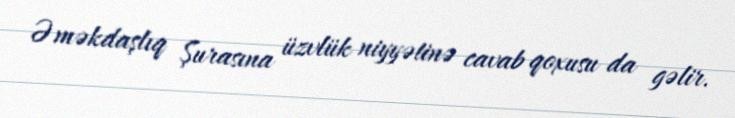
Əməkdaşlıq Şurasına üzvlük niyyətinə cavab qoxusu da gəlir.